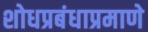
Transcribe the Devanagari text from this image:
शोधप्रबंधाप्रमाणे